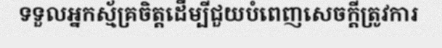
ទទួលអ្នកស្ម័គ្រចិត្តដើម្បីជួយបំពេញសេចក្តីត្រូវការ